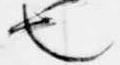
也